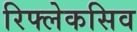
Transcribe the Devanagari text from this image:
रिफ्लेकसिव